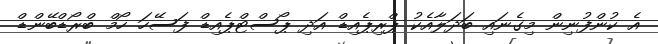
އެ ކުންފުނިން މިގެނައި ބަދަލާއެކު ޕްރިޕެއިޑް އަދި ޕޯސްޓްޕެއިޑް ފަސޭހަ ހޯމް ބްރޯޑްބޭންޑް